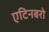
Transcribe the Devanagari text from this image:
एटिनबरो